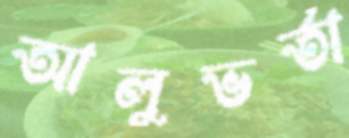
আলুভর্তা